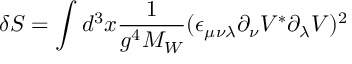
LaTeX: \delta S = \int d ^ { 3 } x { \frac { 1 } { g ^ { 4 } M _ { W } } } ( \epsilon _ { \mu \nu \lambda } \partial _ { \nu } V ^ { * } \partial _ { \lambda } V ) ^ { 2 }